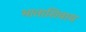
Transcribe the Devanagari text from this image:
भाताशिवाय